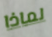
لماذا